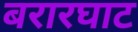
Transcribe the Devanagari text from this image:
बरारघाट